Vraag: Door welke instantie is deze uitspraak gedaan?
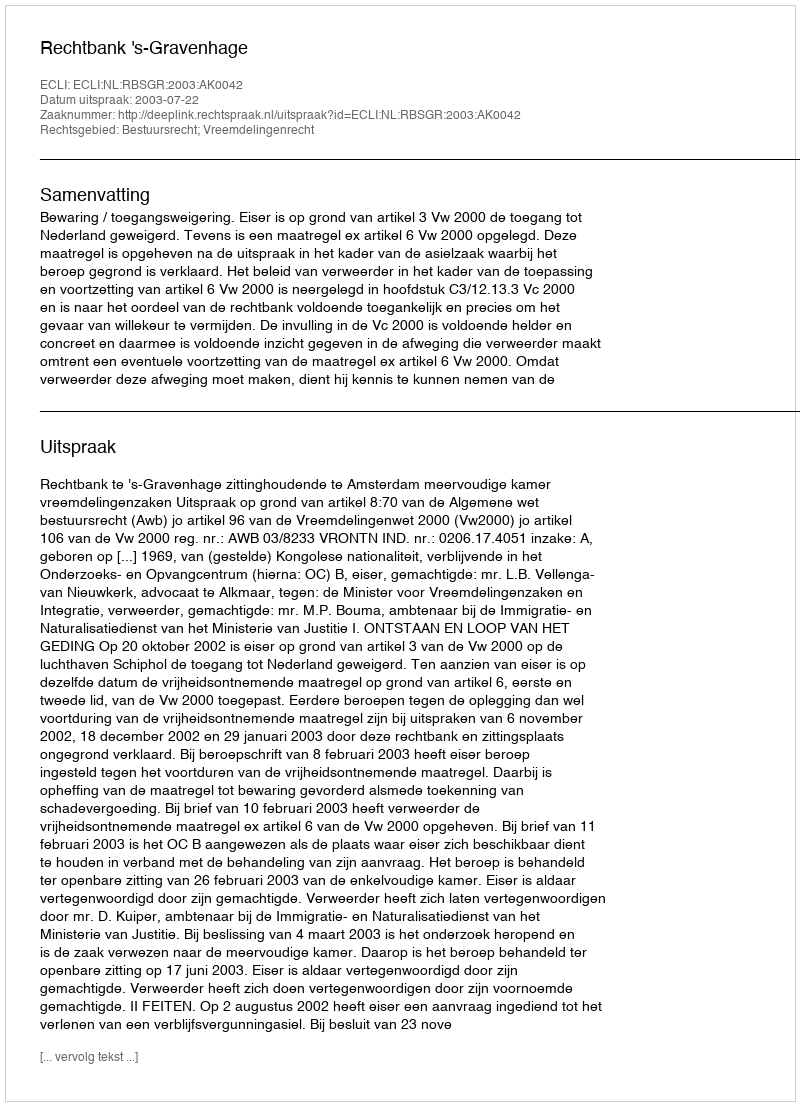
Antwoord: Rechtbank 's-Gravenhage